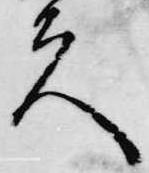
夫